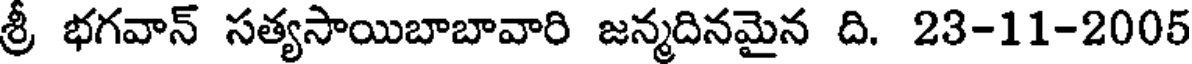
శ్రీ భగవాన్ సత్యసాయిబాబావారి జన్మదినమైన ది. 23-11-2005